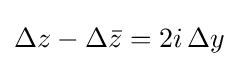
{\textstyle \Delta z-\Delta {\bar {z}}=2i\,\Delta y}